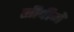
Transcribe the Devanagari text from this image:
सीपीमें